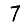
Digit: 7